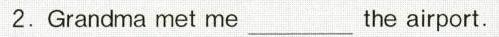
2.Grandma met me ___ the airport.